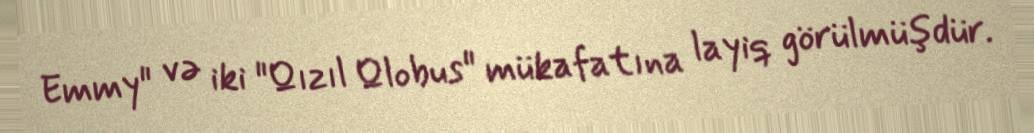
Emmy" və iki "Qızıl Qlobus" mükafatına layiq görülmüşdür.